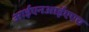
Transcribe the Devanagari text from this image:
आईएनआईएएच